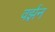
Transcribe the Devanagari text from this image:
वर्झ़न